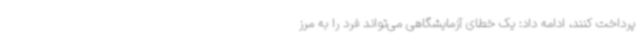
پرداخت کنند، ادامه داد: یک خطای آزمایشگاهی می‌تواند فرد را به مرز